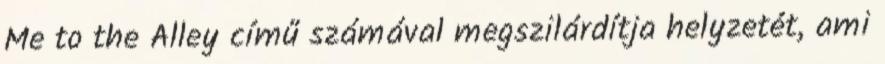
Me to the Alley című számával megszilárdítja helyzetét, ami